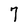
Character: 7